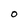
Character: O